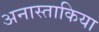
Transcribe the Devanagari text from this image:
अनास्ताकिया